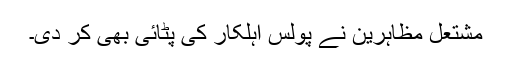
مشتعل مظاہرین نے پولس اہلکار کی پٹائی بھی کر دی۔